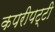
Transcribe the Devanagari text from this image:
कपरीपट्टी